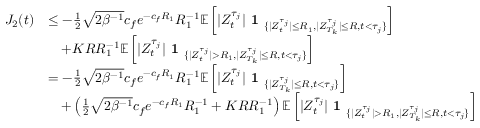
\begin{array} { r l } { J _ { 2 } ( t ) } & { \leq - \frac { 1 } { 2 } \sqrt { 2 \beta ^ { - 1 } } c _ { f } e ^ { - c _ { f } R _ { 1 } } R _ { 1 } ^ { - 1 } \mathbb { E } \left[ | Z _ { t } ^ { \tau _ { j } } | \textbf { 1 } _ { \{ | Z _ { t } ^ { \tau _ { j } } | \leq R _ { 1 } , | Z _ { T _ { k } } ^ { \tau _ { j } } | \leq R , t < \tau _ { j } \} } \right] } \\ & { \quad + K R R _ { 1 } ^ { - 1 } \mathbb { E } \left[ | Z _ { t } ^ { \tau _ { j } } | \textbf { 1 } _ { \{ | Z _ { t } ^ { \tau _ { j } } | > R _ { 1 } , | Z _ { T _ { k } } ^ { \tau _ { j } } | \leq R , t < \tau _ { j } \} } \right] } \\ & { = - \frac { 1 } { 2 } \sqrt { 2 \beta ^ { - 1 } } c _ { f } e ^ { - c _ { f } R _ { 1 } } R _ { 1 } ^ { - 1 } \mathbb { E } \left[ | Z _ { t } ^ { \tau _ { j } } | \textbf { 1 } _ { \{ | Z _ { T _ { k } } ^ { \tau _ { j } } | \leq R , t < \tau _ { j } \} } \right] } \\ & { \quad + \left( \frac { 1 } { 2 } \sqrt { 2 \beta ^ { - 1 } } c _ { f } e ^ { - c _ { f } R _ { 1 } } R _ { 1 } ^ { - 1 } + K R R _ { 1 } ^ { - 1 } \right) \mathbb { E } \left[ | Z _ { t } ^ { \tau _ { j } } | \textbf { 1 } _ { \{ | Z _ { t } ^ { \tau _ { j } } | > R _ { 1 } , | Z _ { T _ { k } } ^ { \tau _ { j } } | \leq R , t < \tau _ { j } \} } \right] } \end{array}